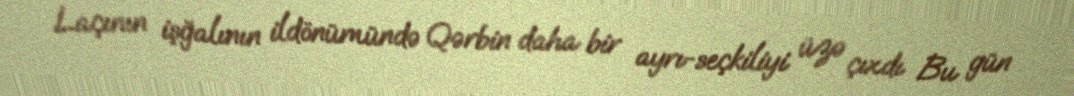
Laçının işğalının ildönümündə Qərbin daha bir ayrı-seçkiliyi üzə çıxdı Bu gün